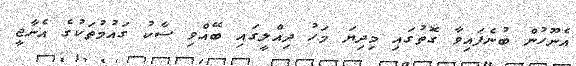
އެނޫހުން ބުނެފައިވާ ގޮތުގައި މިދިޔަ މަހު ދިއްލީގައި ބޭއްވި ސާކު ގައުމުތަކުގެ އެނާޖީ